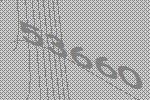
53660